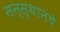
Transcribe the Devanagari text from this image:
सन्स्थानचे